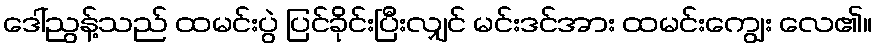
ဒေါ်ညွန့်သည် ထမင်းပွဲ ပြင်ခိုင်းပြီးလျှင် မင်းဒင်အား ထမင်းကျွေး လေ၏။